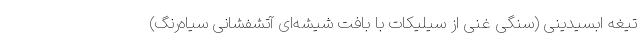
تیغه ابسیدینی (سنگی غنی از سیلیکات با بافت شیشه‌ای آتشفشانی سیاه‌رنگ)